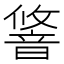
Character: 𬰽